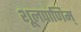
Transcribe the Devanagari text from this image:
शूलपाणिम्